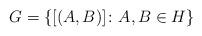
LaTeX: \begin{align*}G = \{ [(A, B)] \colon A, B \in H \}\end{align*}